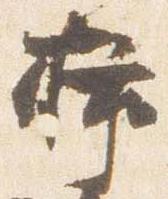
挿